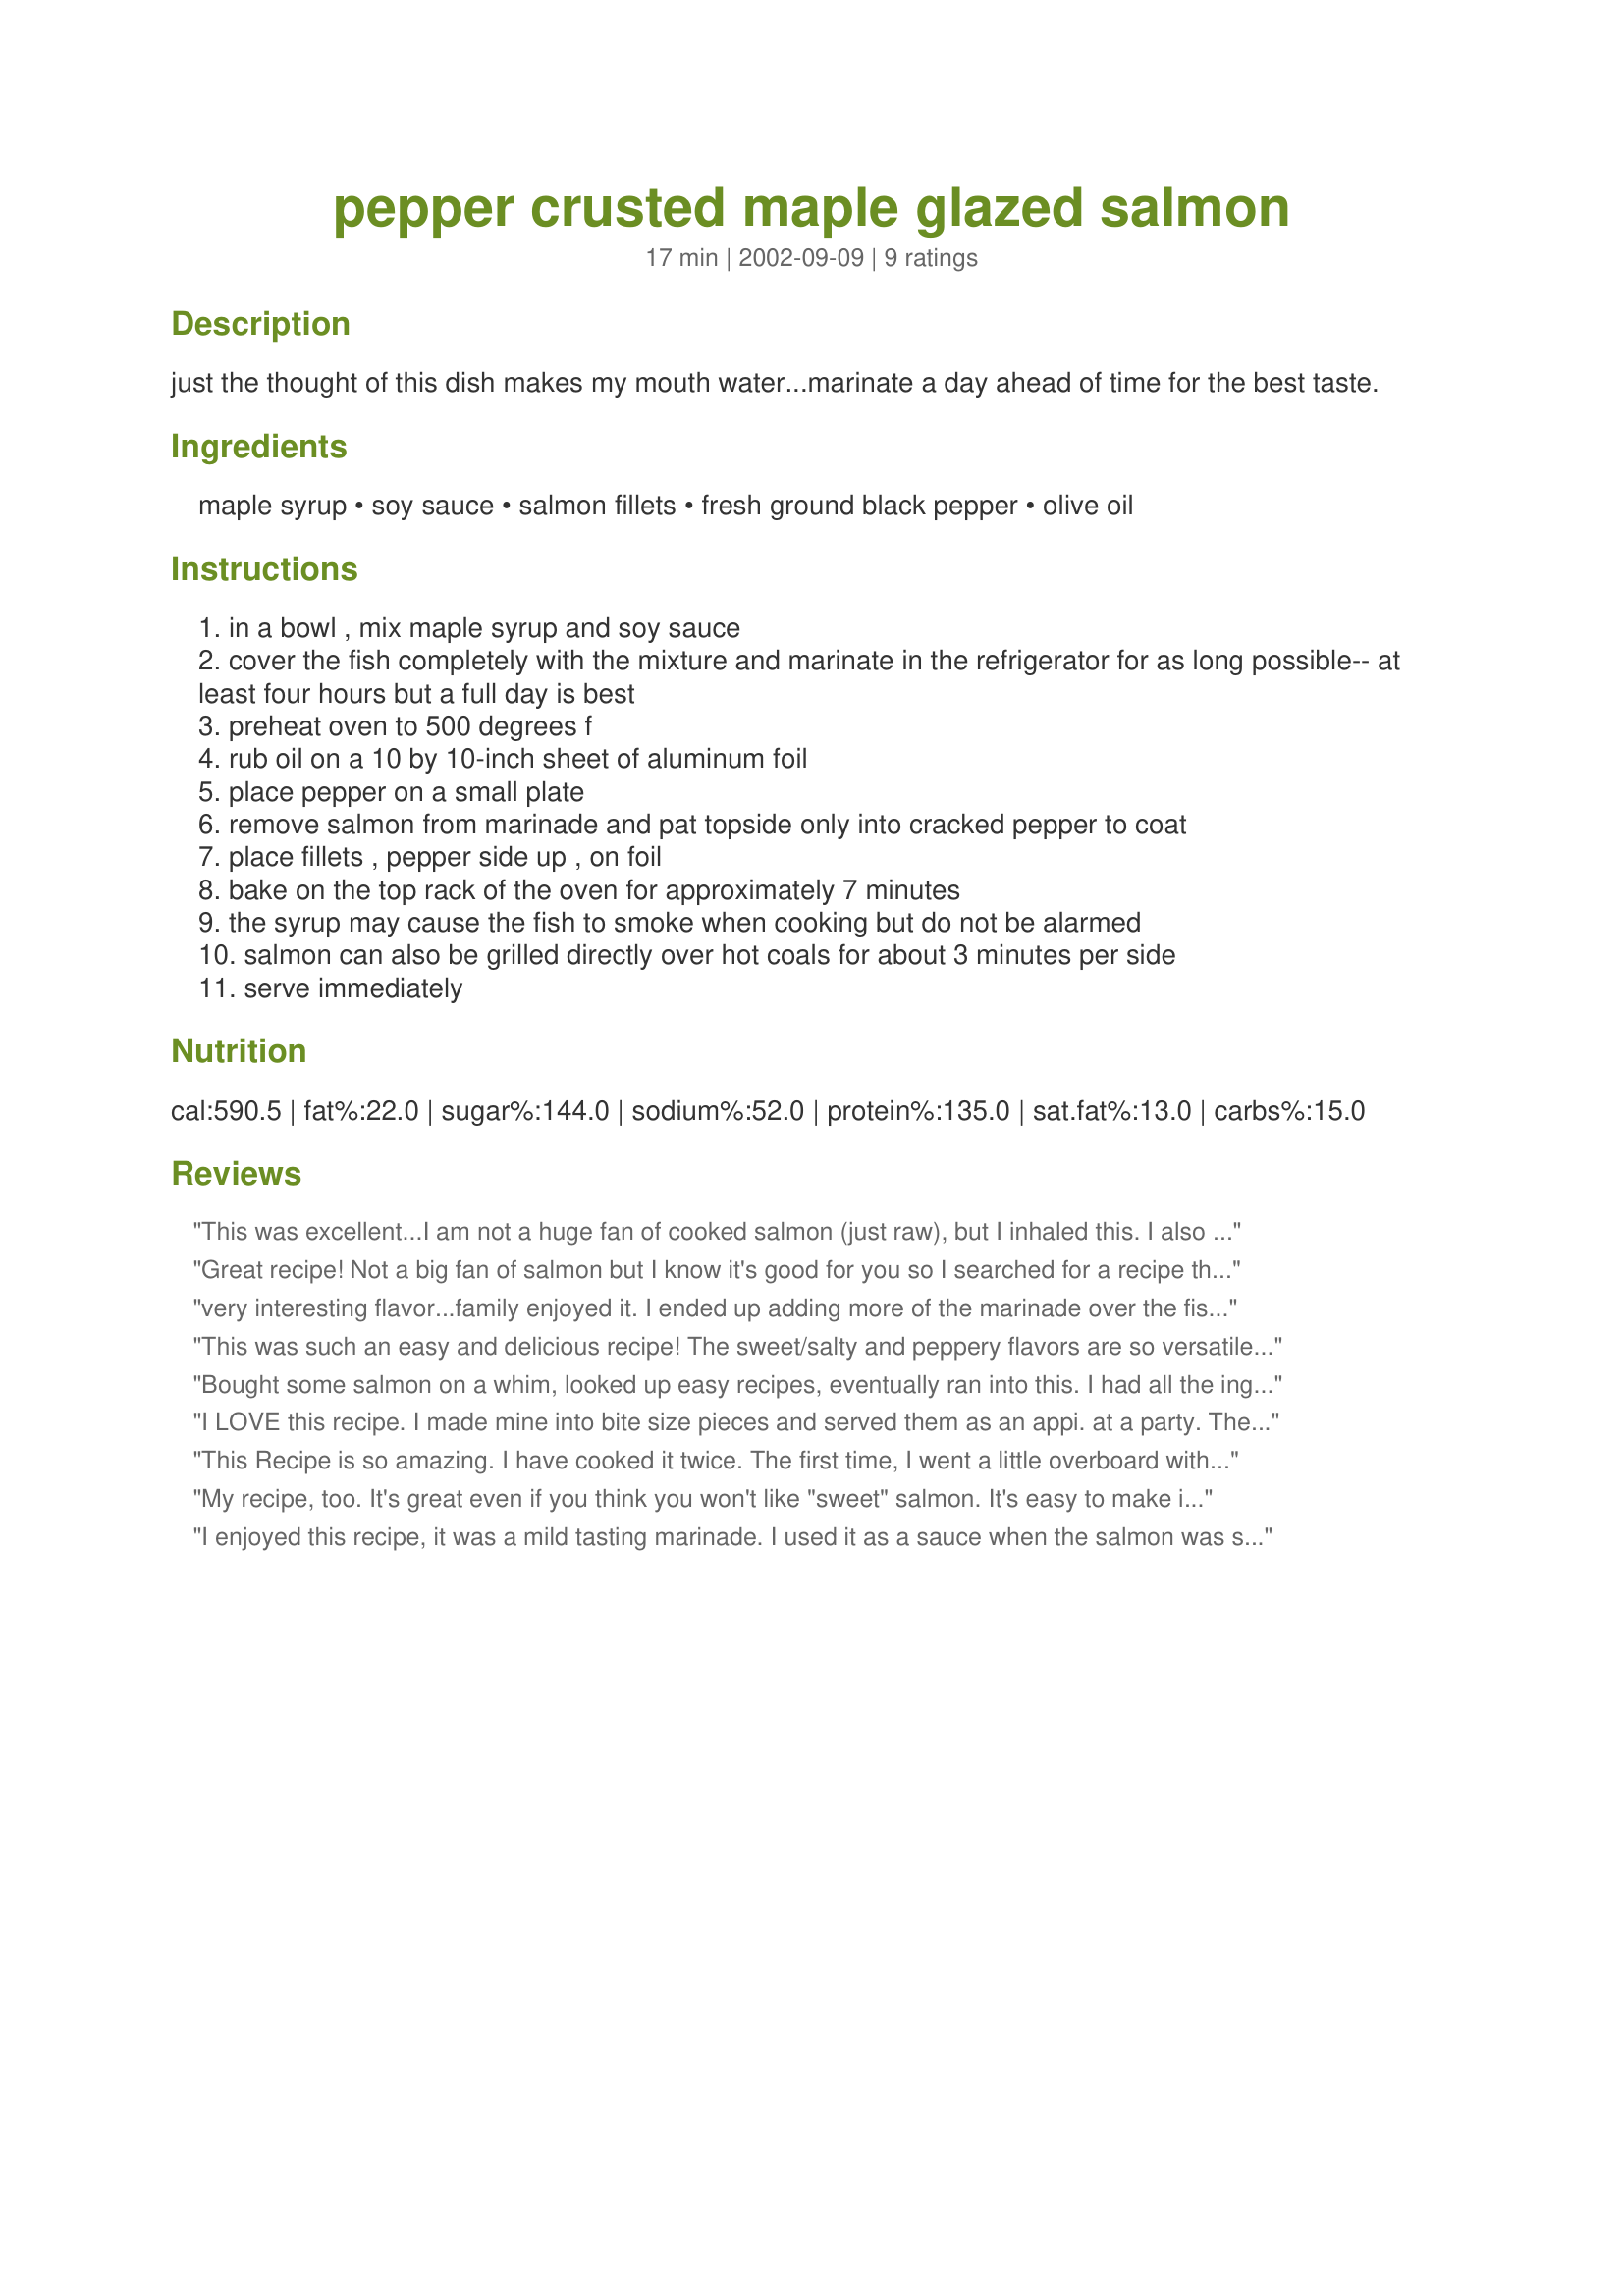
pepper crusted maple glazed salmon
Preparation time: 17 minutes

just the thought of this dish makes my mouth water...marinate a day ahead of time for the best taste.

Ingredients:
maple syrup, soy sauce, salmon fillets, fresh ground black pepper, olive oil

Steps:
in a bowl , mix maple syrup and soy sauce
cover the fish completely with the mixture and marinate in the refrigerator for as long possible-- at least four hours but a full day is best
preheat oven to 500 degrees f
rub oil on a 10 by 10-inch sheet of aluminum foil
place pepper on a small plate
remove salmon from marinade and pat topside only into cracked pepper to coat
place fillets , pepper side up , on foil
bake on the top rack of the oven for approximately 7 minutes
the syrup may cause the fish to smoke when cooking but do not be alarmed
salmon can also be grilled directly over hot coals for about 3 minutes per side
serve immediately

Reviews:
This was excellent...I am not a huge fan of cooked salmon (just raw), but I inhaled this. I also just sprinkled the pepper on the fillets...had a very nice flavor to it.
Thanks!
Great recipe! Not a big fan of salmon but I know it's good for you so I searched for a recipe that had other ingredients that I do like. Loved the sweetness of the maple syrup and the saltiness of the soy sauce. Made sure to have the skin well removed including the slimey part underneath. Cooked on hot gas grill for 4 to 5 minutes per side in an oiled grill basket made for fish that made for easy turning. I've finally found a salmon recipe that I will make again.
very interesting flavor...family enjoyed it. I ended up adding more of the marinade over the fish half way through cooking because they were looking dry, as well i needed to increase cooking another 10min because my steaks were rather thick.

This was such an easy and delicious recipe! The sweet/salty and peppery flavors are so versatile and satisfying. Only change I made was to sprinkle pepper over salmon because it was easier and used one less dish.
Bought some salmon on a whim, looked up easy recipes, eventually ran into this. I had all the ingredients on hand, but I substituted low-sodium soy sauce and sugar free maple syrup, and added red pepper flakes to the marinade. It came out fantastic and was a hit with everyone. I will most definitely be making this again.
I LOVE this recipe. I made mine into bite size pieces and served them as an appi. at a party. They were a HUGE hit!!!
This Recipe is so amazing. I have cooked it twice. The first time, I went a little overboard with the pepper and I didn't marinate it long enough so it turned out a little spicy. But i tried it again, marinated for several hours and took it easy on the pepper. It was a perfect blend of sweet from the marinade and spicy from the pepper. Served it on a bed of white rice and saved some marinade to use as a sauce. Thanks for the smoke warning - my smoke alarm went off but I wasn't worried.
My recipe, too. It's great even if you think you won't like "sweet" salmon. It's easy to make in large quantities, say if you want to bake a side of salmon. Just use 3 parts maple syrup to 1 part soy sauce.
I enjoyed this recipe, it was a mild tasting marinade. I used it as a sauce when the salmon was served. I did half this recipe easily. Thank you SackvilleGirl!
